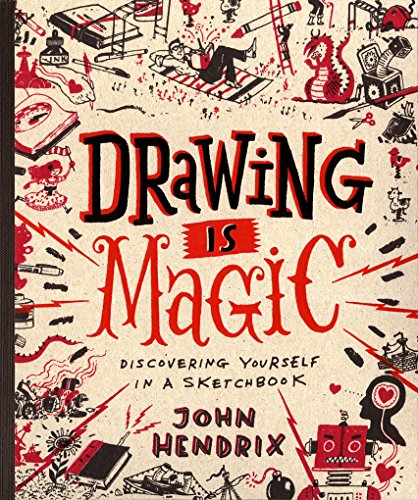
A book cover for Drawing Is Magic: Discovering Yourself in a Sketchbook; John Hendrix; Crafts, Hobbies & Home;